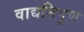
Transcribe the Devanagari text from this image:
वाद्यनिपुण